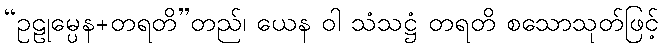
“ဥဠုမ္ပေန+တရတိ”တည်၊ ယေန ဝါ သံသဋ္ဌံ တရတိ စသောသုတ်ဖြင့်